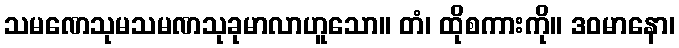
သမဏေသုမသမဏသုခုမာလာဟူသော။ တံ၊ ထိုစကားကို။ ဒဝမာနော၊